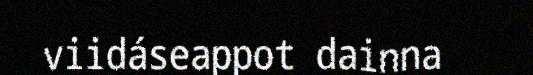
viidáseappot dainna